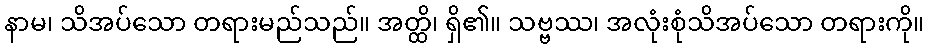
နာမ၊ သိအပ်သော တရားမည်သည်။ အတ္ထိ၊ ရှိ၏။ သဗ္ဗဿ၊ အလုံးစုံသိအပ်သော တရားကို။